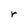
Character: r